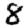
Digit: 8